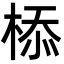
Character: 㮇